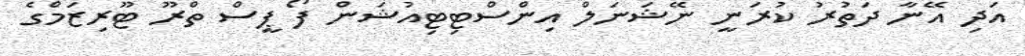
އަދި އޭނާ ދަތުރު ކުރަނީ ނޭޝަނަލް އިންސްޓިޓިއުޝަން ފޯ ޕީސް ތްރޫ ޓޫރިޒަމްގެ